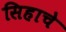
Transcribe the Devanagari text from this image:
सिहाचे